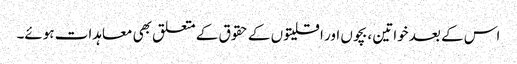
اس کے بعد خواتین ، بچوں اور اقلیتوں کے حقوق کے متعلق بھی معاہدات ہوئے۔